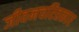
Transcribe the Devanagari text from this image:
जीवनचरितकार